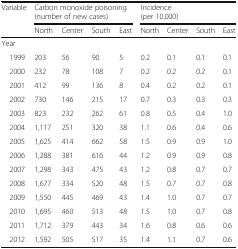
<table><thead><tr><td><b>Variable</b></td><td colspan="4"><b>Carbon monoxide poisoning(number of new cases)</b></td><td colspan="4"><b>Incidence(per 10,000)</b></td></tr><tr><td></td><td><b>North</b></td><td><b>Center</b></td><td><b>South</b></td><td><b>East</b></td><td><b>North</b></td><td><b>Center</b></td><td><b>South</b></td><td><b>East</b></td></tr></thead><tbody><tr><td colspan="9">Year</td></tr><tr><td> 1999</td><td>203</td><td>56</td><td>90</td><td>5</td><td>0.2</td><td>0.1</td><td>0.1</td><td>0.1</td></tr><tr><td> 2000</td><td>232</td><td>78</td><td>108</td><td>7</td><td>0.2</td><td>0.2</td><td>0.2</td><td>0.1</td></tr><tr><td> 2001</td><td>412</td><td>99</td><td>136</td><td>8</td><td>0.4</td><td>0.2</td><td>0.2</td><td>0.1</td></tr><tr><td> 2002</td><td>730</td><td>146</td><td>215</td><td>17</td><td>0.7</td><td>0.3</td><td>0.3</td><td>0.3</td></tr><tr><td> 2003</td><td>823</td><td>232</td><td>262</td><td>61</td><td>0.8</td><td>0.5</td><td>0.4</td><td>1.0</td></tr><tr><td> 2004</td><td>1,117</td><td>251</td><td>320</td><td>38</td><td>1.1</td><td>0.6</td><td>0.4</td><td>0.6</td></tr><tr><td> 2005</td><td>1,625</td><td>414</td><td>662</td><td>58</td><td>1.5</td><td>0.9</td><td>0.9</td><td>1.0</td></tr><tr><td> 2006</td><td>1,288</td><td>381</td><td>616</td><td>44</td><td>1.2</td><td>0.9</td><td>0.9</td><td>0.8</td></tr><tr><td> 2007</td><td>1,298</td><td>343</td><td>475</td><td>43</td><td>1.2</td><td>0.8</td><td>0.7</td><td>0.7</td></tr><tr><td> 2008</td><td>1,677</td><td>334</td><td>520</td><td>48</td><td>1.5</td><td>0.7</td><td>0.7</td><td>0.8</td></tr><tr><td> 2009</td><td>1,550</td><td>445</td><td>469</td><td>43</td><td>1.4</td><td>1.0</td><td>0.7</td><td>0.7</td></tr><tr><td> 2010</td><td>1,695</td><td>460</td><td>513</td><td>48</td><td>1.5</td><td>1.0</td><td>0.7</td><td>0.8</td></tr><tr><td> 2011</td><td>1,712</td><td>379</td><td>443</td><td>34</td><td>1.6</td><td>0.8</td><td>0.6</td><td>0.6</td></tr><tr><td> 2012</td><td>1,592</td><td>505</td><td>517</td><td>35</td><td>1.4</td><td>1.1</td><td>0.7</td><td>0.6</td></tr></tbody></table>